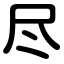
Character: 尽